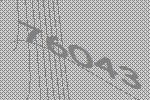
76043